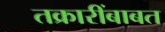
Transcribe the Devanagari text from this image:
तक्रारींबाबत